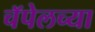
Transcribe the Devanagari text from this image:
चॅपेलच्या